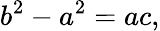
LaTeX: b^{2}-a^{2}=ac,